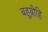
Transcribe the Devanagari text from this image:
बहुब्रीहि